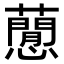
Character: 𧂡